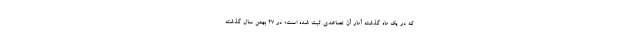
که در یک ماه گذشته آمار آن تصاعدی ثبت شده است؛ در ۲۷ بهمن سال گذشته